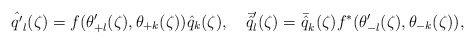
\begin{align*}{\hat{q'}}_{l}(\zeta)=f(\theta'_{+l}(\zeta),\theta_{+k}(\zeta)){\hat{q}}_{k}(\zeta),\quad{\bar{\hat{q}}}'_{l}(\zeta)={\bar{\hat{q}}}_{k}(\zeta)f^{*}(\theta'_{-l}(\zeta),\theta_{-k}(\zeta)),\end{align*}